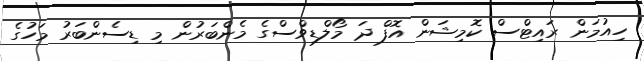
ހިއުމަން ރައިޓްސް ކޮމިޝަން އޮފް ދަ މޯލްޑިވްސްގެ މެންބަރުން މި ޑިސެންބަރު މަހުގެ